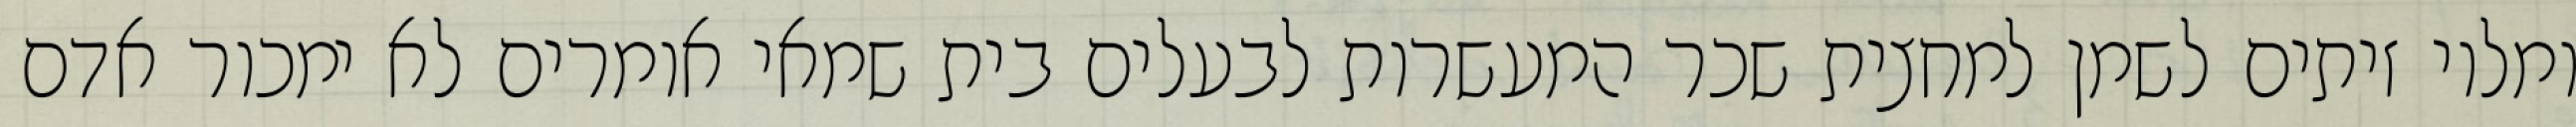
ומלוי זיתים לשמן למחצית שכר המעשרות לבעלים בית שמאי אומרים לא ימכור אדם